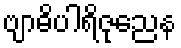
ဗျာဓိပါရိဇုညေန